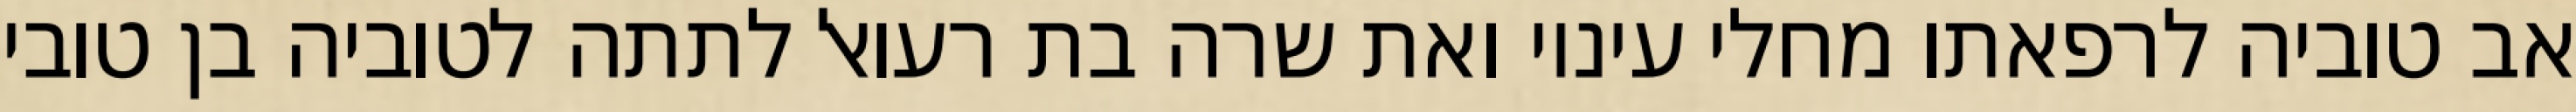
אב טוביה לרפאתו מחלי עיניו ואת שרה בת רעואל לתתה לטוביה בן טובי